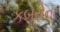
કબરોના